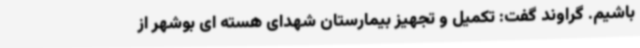
باشیم. گراوند گفت: تکمیل و تجهیز بیمارستان شهدای هسته ای بوشهر از